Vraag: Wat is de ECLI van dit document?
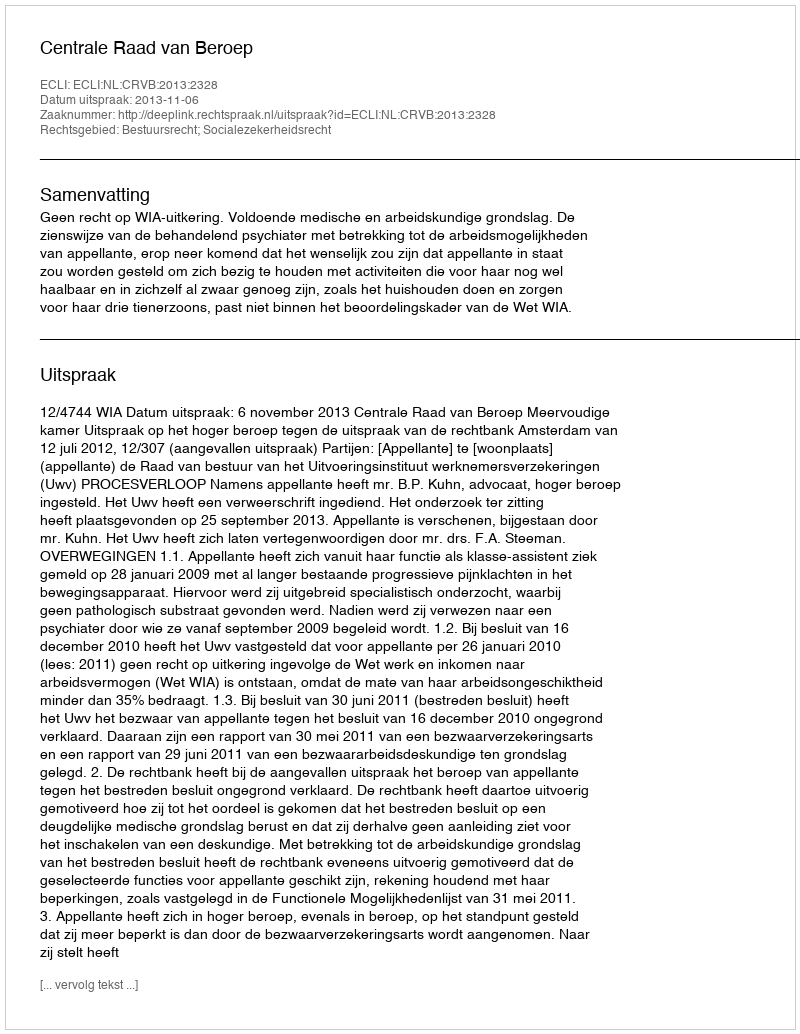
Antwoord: ECLI:NL:CRVB:2013:2328